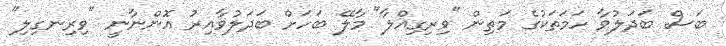
ބަސް ބަދަލުވާ ހަމަތަކުގެ މަތިން "ވިރިގިއްލާ" މާލޭ ބަހަށް ބަދަލުވާއިރު އޮންނާނީ "ވިރިނގިލި"